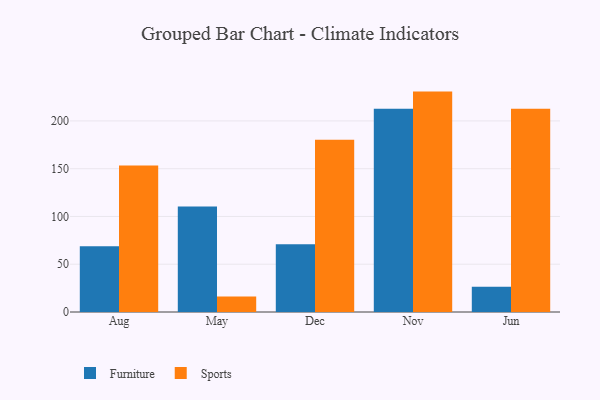
{"axis": {"x": "Month", "y": "Gross Profit (USD K)"}, "legend": ["Furniture", "Sports"], "data": [{"x": "Aug", "y": 68.8, "type": "Furniture"}, {"x": "Aug", "y": 153.3, "type": "Sports"}, {"x": "May", "y": 110.3, "type": "Furniture"}, {"x": "May", "y": 16.1, "type": "Sports"}, {"x": "Dec", "y": 70.8, "type": "Furniture"}, {"x": "Dec", "y": 180.2, "type": "Sports"}, {"x": "Nov", "y": 212.7, "type": "Furniture"}, {"x": "Nov", "y": 230.7, "type": "Sports"}, {"x": "Jun", "y": 26.4, "type": "Furniture"}, {"x": "Jun", "y": 212.8, "type": "Sports"}]}